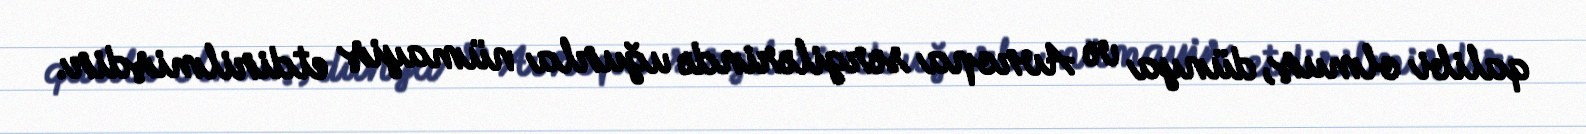
qalibi olmuş, dünya və Avropa sərgilərində uğurla nümayiş etdirilmişdir.